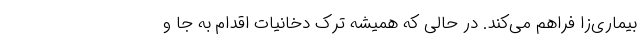
بیماری‌زا فراهم می‌کند. در حالی که همیشه ترک دخانیات اقدام به جا و